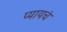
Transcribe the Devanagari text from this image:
प्यायचं